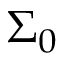
{ \boldsymbol { \Sigma } } _ { 0 }